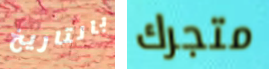
بالتاريخ متجرك